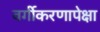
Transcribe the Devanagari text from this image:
वर्गीकरणापेक्षा